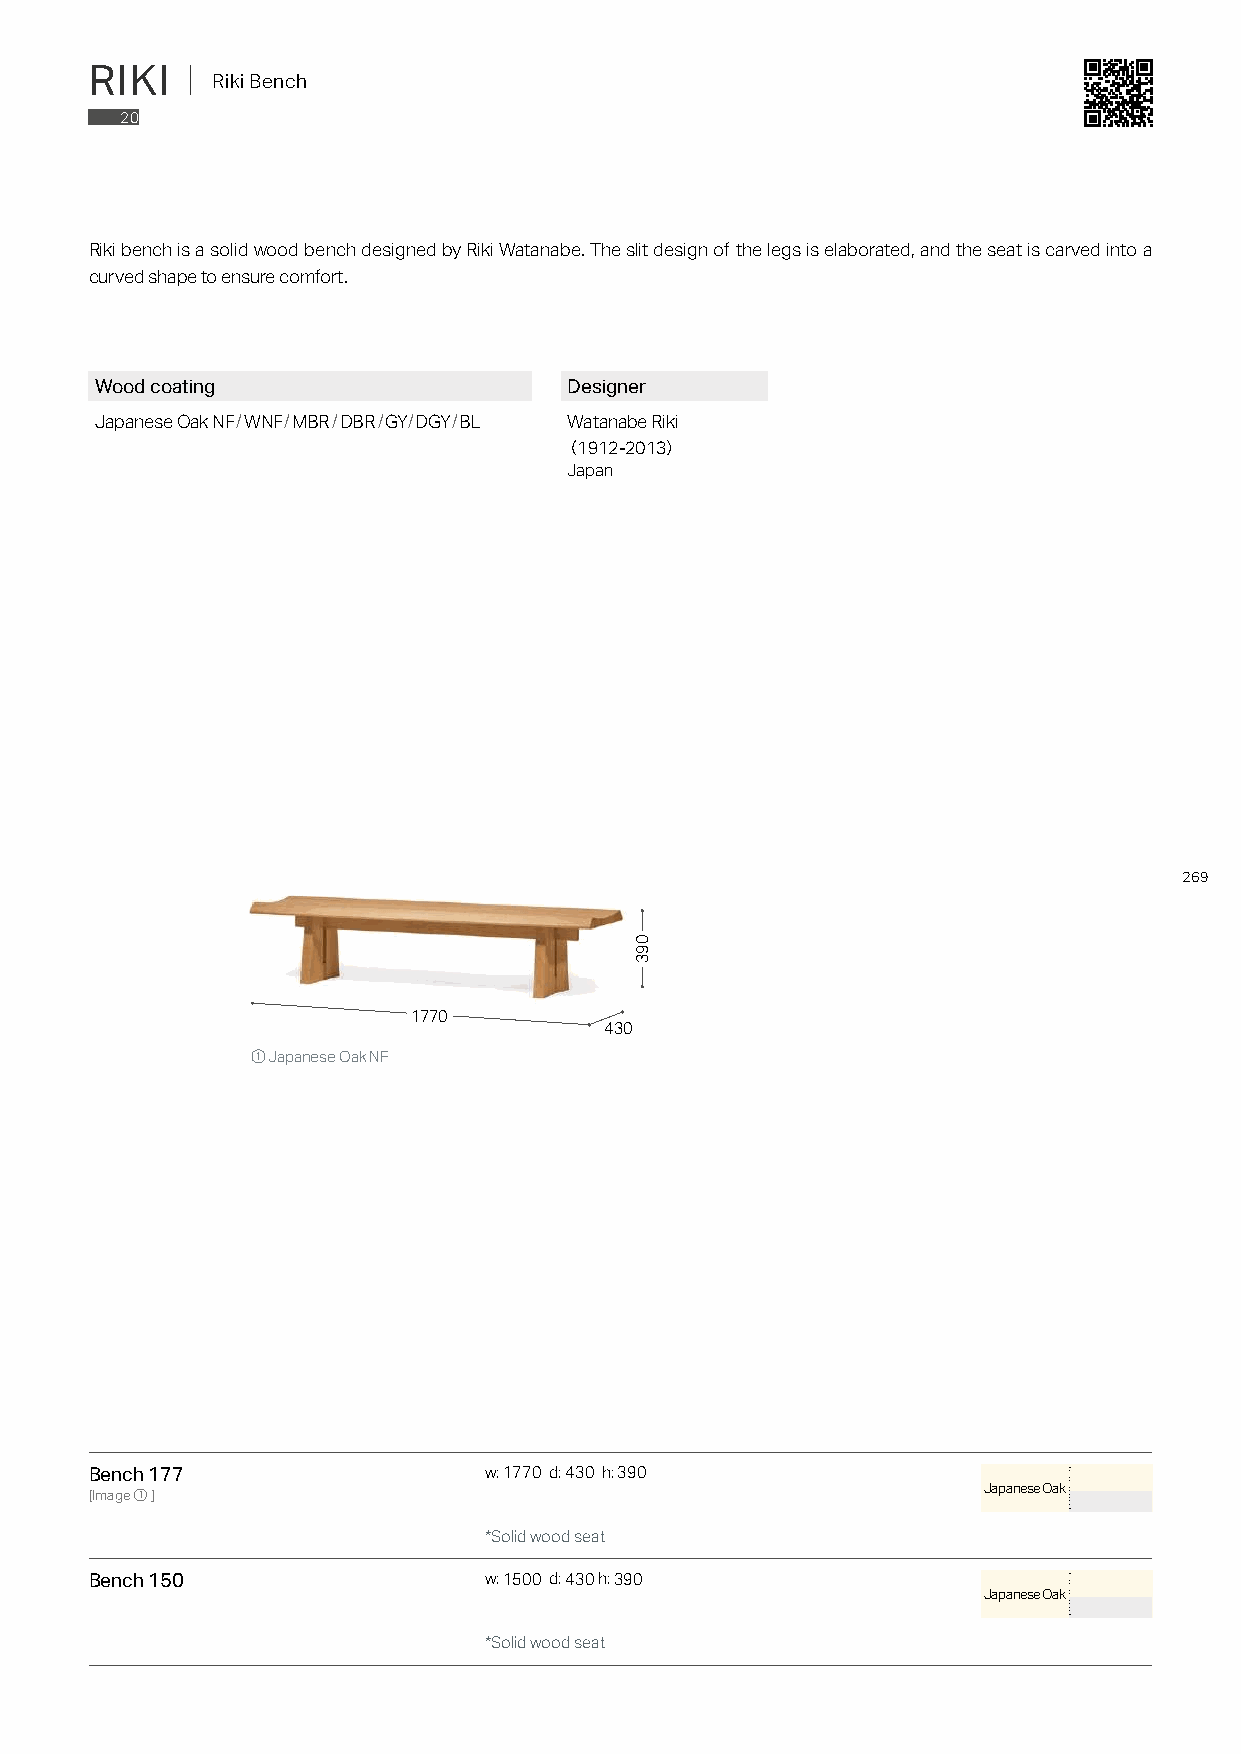
RIKI  ｜ Riki Bench
 20
 Riki bench is a solid wood bench designed by Riki Watanabe. The slit design of the legs is elaborated, and the seat is carved into a
 curved shape to ensure comfort.
 Wood coating                    Designer
 Japanese Oak NF/WNF/MBR/DBR/GY/DGY/BL Watanabe Riki
 （1912-2013）
 Japan
 269
 1770
 430
 ① Japanese Oak NF
 Bench 177                 w: 1770 d: 430 h: 390
 Japanese Oak
 [Image①]
 *Solid wood seat
 Bench 150                 w: 1500 d: 430 h: 390
 Japanese Oak
 *Solid wood seat
 093